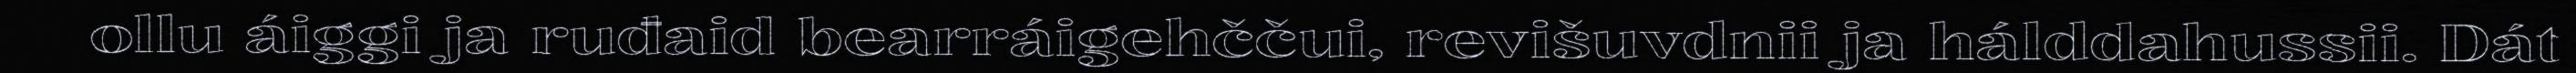
ollu áiggi ja ruđaid bearráigehččui, revišuvdnii ja hálddahussii. Dát